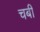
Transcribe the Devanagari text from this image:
चबी